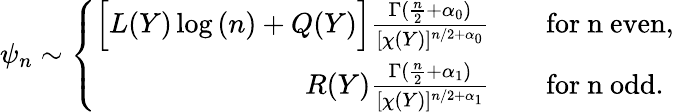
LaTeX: \psi_{n}\sim\left\{ \begin{array}{rl}{\Big[L(Y)\log{(n)}+Q(Y)\Big]\frac{\Gamma(\frac{n}{2}+\alpha_{0})}{[\chi(Y)]^{n/2+\alpha_{0}}}}&{\quad\mathrm{for~n~even},}\\ {R(Y)\frac{\Gamma(\frac{n}{2}+\alpha_{1})}{[\chi(Y)]^{n/2+\alpha_{1}}}}&{\quad\mathrm{for~n~odd}.}\end{array}\right.